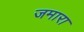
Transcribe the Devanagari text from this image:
जमारा